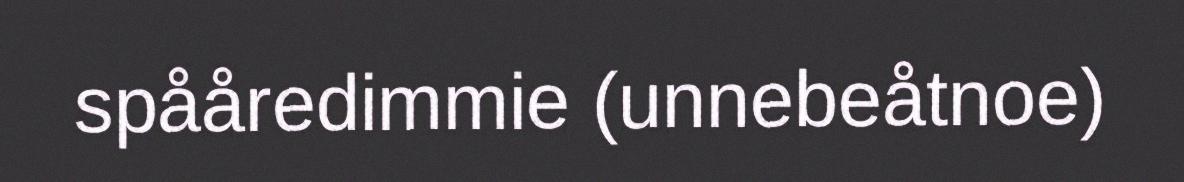
spååredimmie (unnebeåtnoe)